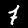
Digit: 7